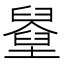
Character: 𡓓